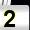
Digit: 2